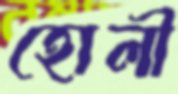
হোলী